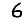
Digit: 6